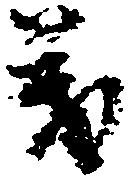
義